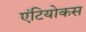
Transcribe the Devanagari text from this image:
एंटियोकस